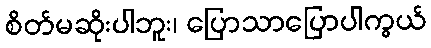
စိတ်မဆိုးပါဘူး၊ ပြောသာပြောပါကွယ်